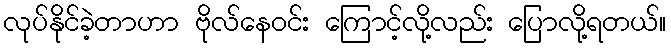
လုပ်နိုင်ခဲ့တာဟာ ဗိုလ်နေဝင်း ကြောင့်လို့လည်း ပြောလို့ရတယ်။